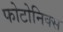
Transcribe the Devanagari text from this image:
फोटोनिक्स